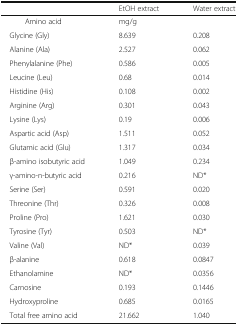
|  | EtOH extract | Water extract |
 | --- | --- | --- |
 | Amino acid | <COLSPAN=2> mg/g |
 | Glycine (Gly) | 8.639 | 0.208 |
 | Alanine (Ala) | 2.527 | 0.062 |
 | Phenylalanine (Phe) | 0.586 | 0.005 |
 | Leucine (Leu) | 0.68 | 0.014 |
 | Histidine (His) | 0.108 | 0.002 |
 | Arginine (Arg) | 0.301 | 0.043 |
 | Lysine (Lys) | 0.19 | 0.006 |
 | Aspartic acid (Asp) | 1.511 | 0.052 |
 | Glutamic acid (Glu) | 1.317 | 0.034 |
 | β-amino isobutyric acid | 1.049 | 0.234 |
 | γ-amino-n-butyric acid | 0.216 | ND* |
 | Serine (Ser) | 0.591 | 0.020 |
 | Threonine (Thr) | 0.326 | 0.008 |
 | Proline (Pro) | 1.621 | 0.030 |
 | Tyrosine (Tyr) | 0.503 | ND* |
 | Valine (Val) | ND* | 0.039 |
 | β-alanine | 0.618 | 0.0847 |
 | Ethanolamine | ND* | 0.0356 |
 | Carnosine | 0.193 | 0.1446 |
 | Hydroxyproline | 0.685 | 0.0165 |
 | Total free amino acid | 21.662 | 1.040 |